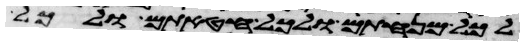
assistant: לכל מנחתם ולכל חטאתם ולכל